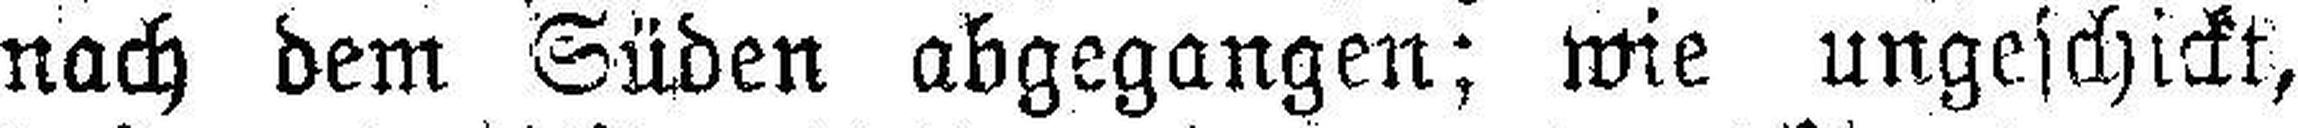
nach dem Süden abgegangen; wie ungeschickt,